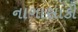
નાગાસાકી